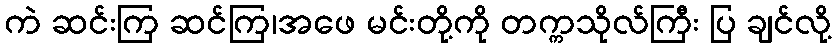
ကဲ ဆင်းကြ ဆင်ကြ၊အဖေ မင်းတို့ကို တက္ကသိုလ်ကြီး ပြ ချင်လို့